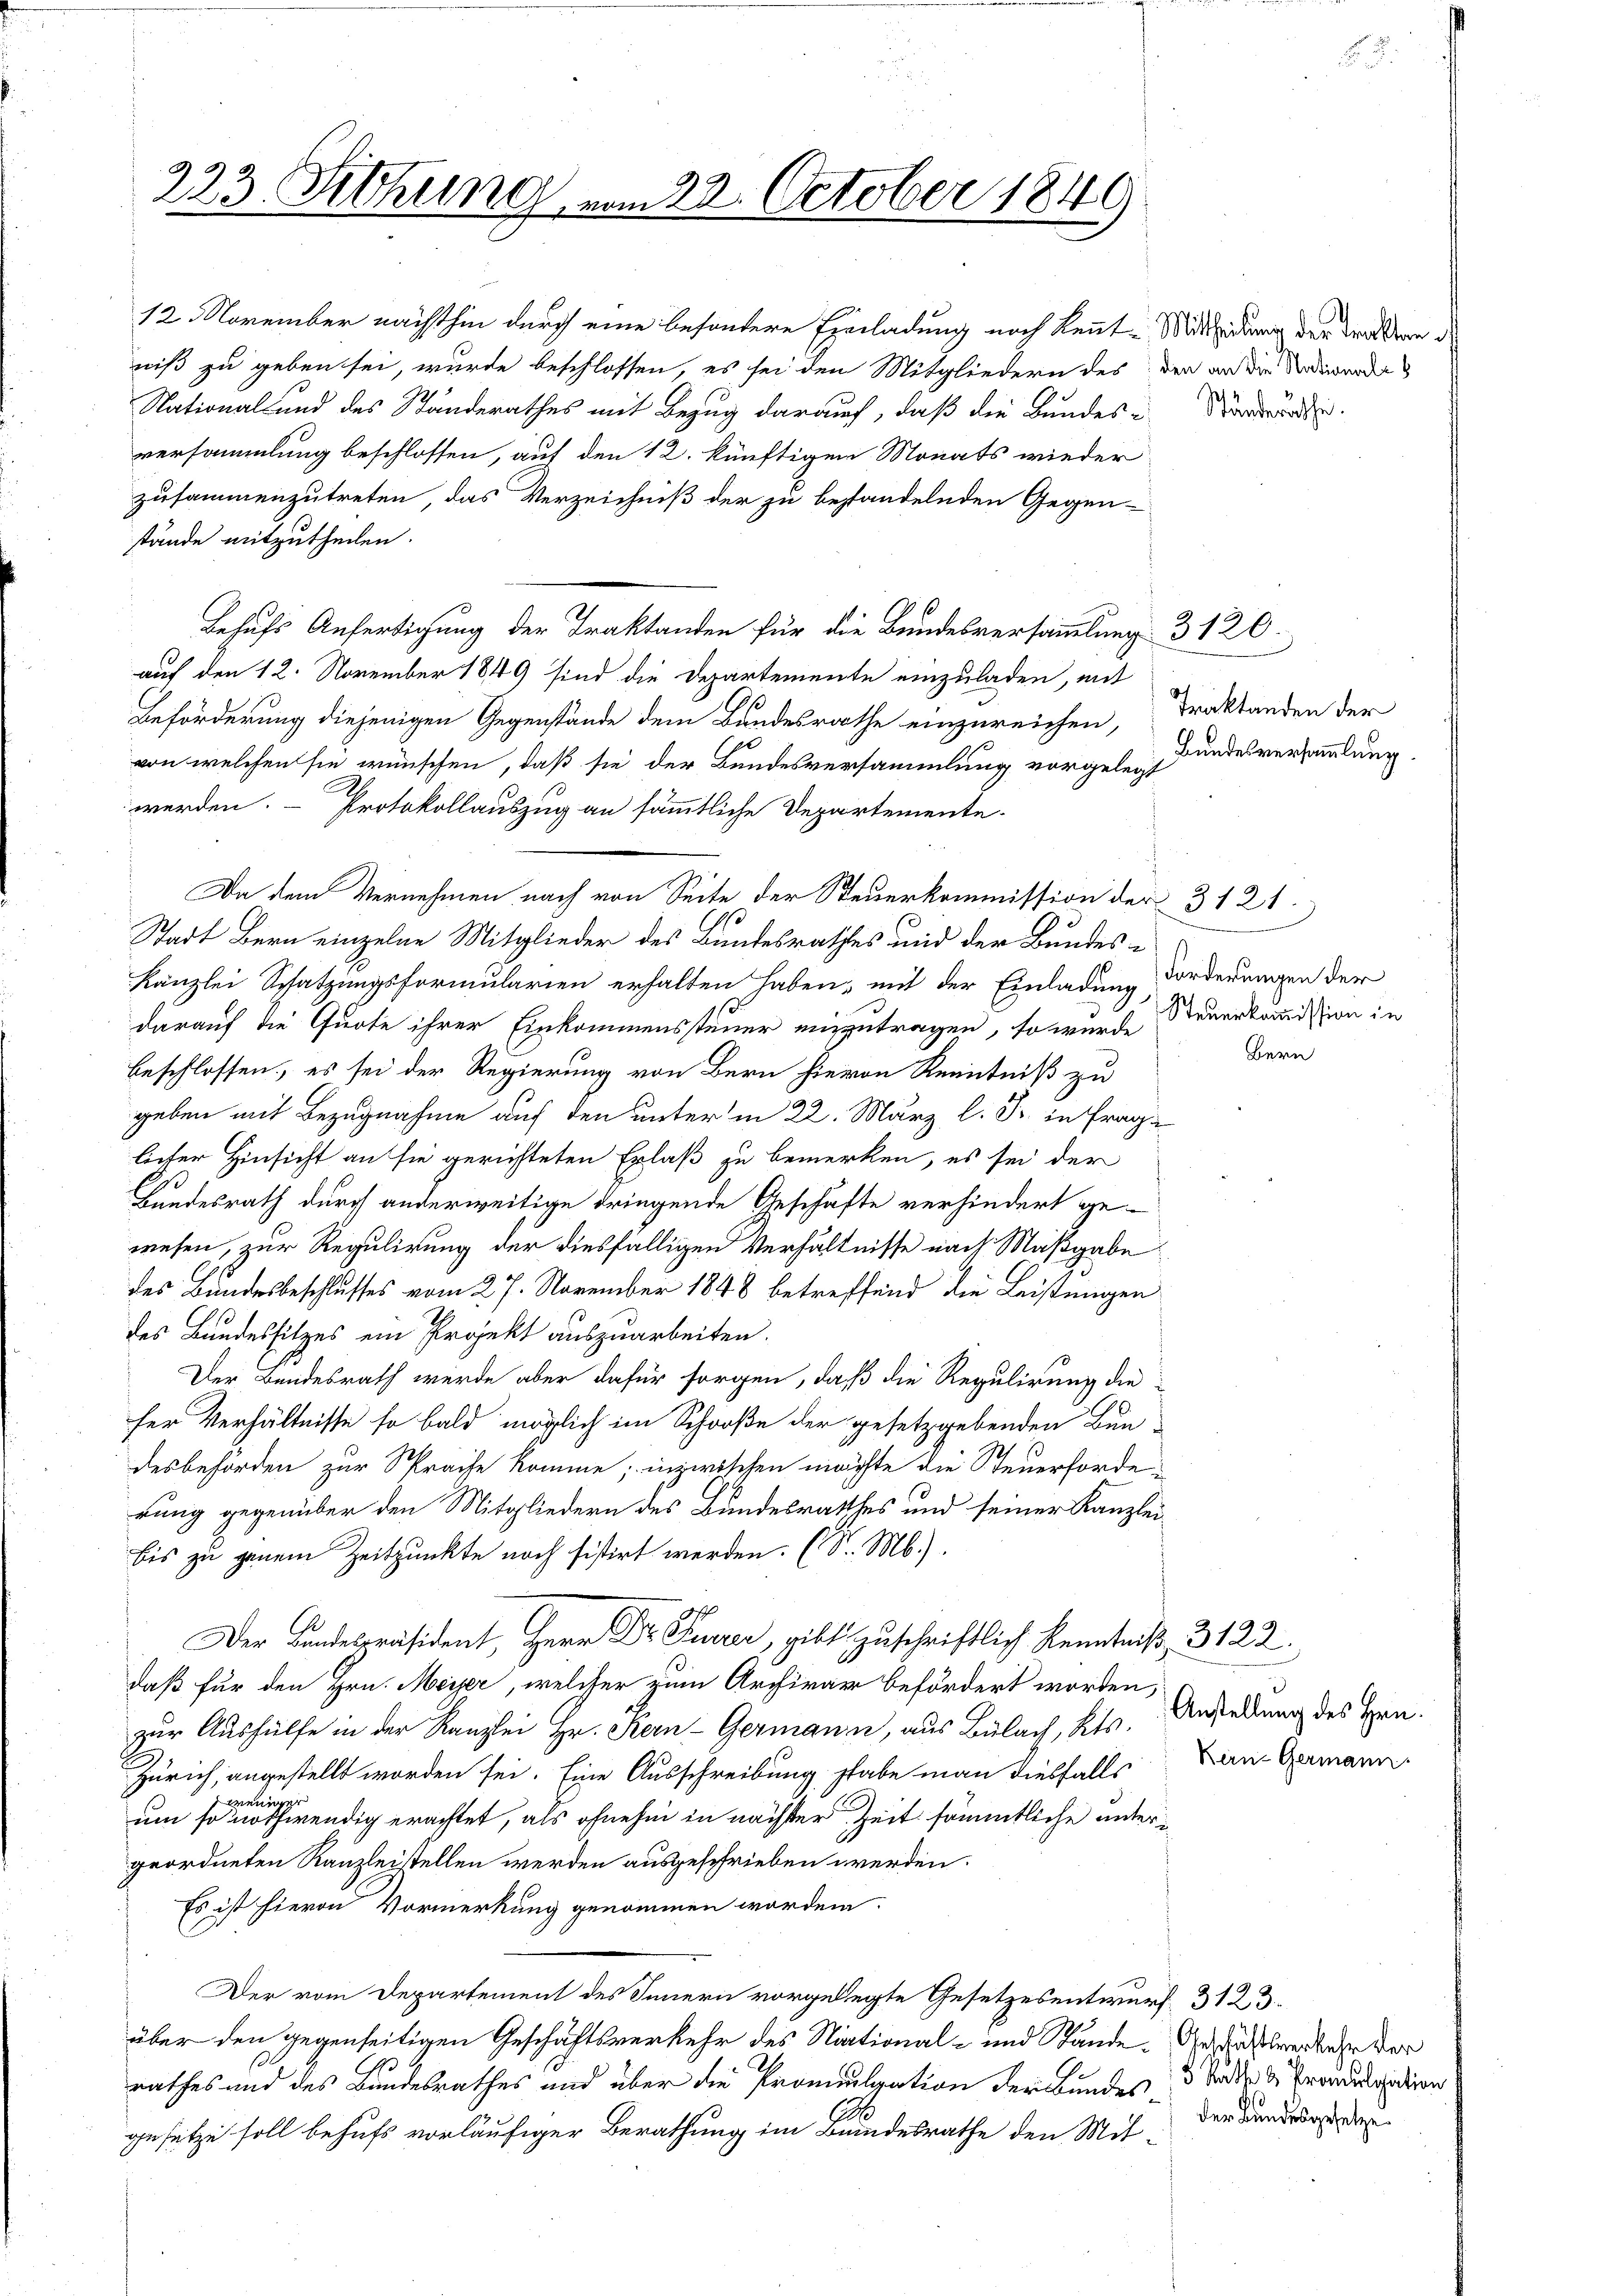
12. November nachthin durch eine besondere Einladung noch kennt. Mittheidung der drastern de
niß zu geben sei, wurde beschlossen, es sei den Mitgliedern des der an die Stadtwerde
National- und des Standerathes mit Bezug darauch, daß die Bundes-Vorderun
versammlung beschlossen, auf den 12. künftigen Monats wieder
zusammenzutreten, das Verzeichniß der zu bestandelnden Gegen-
stände mitzutheilen.
Behufs Anfertigung der Traktanden für die Bundesversammlung 3120.
auf den 12. November 1849 sind die Departemente einzuladen, mit
Beförderung diejenigen Gegenstände dem Bundesrathe einzureichen, Traktanden der
von welchen sie wünschen, daß sie der Bundesversammlung vorgelegendesversammlung.
werden. Protokollauszug an sämmtliche Departemente.
Da dem Vernehmen nach von Seite der Steuerkommission der 3 121.
Stadt Bern einzelne Mitglieder des Bundesrathes und der Bundes¬
Kanzlei Schatzungsformularien erhalten haben, mit der Einladung Forderungen der
darauf die Quote ihrer Einkommenssteuer einzutragen, so wurde Steuerkommission in
beschlossen, es sei der Regierung von Bern hievon Kenntniß zu
geben mit Bezugnahme auf den unter in 22. März l. J. in Frage
licher Hinsicht an sie gerichteten Erlaß zu bemerken, es sei der
s
Bundesrath durch anderweitige dringende Geschäfte verhindert ge-
wesen, zur Regulirung der diesfälligen Verhältnisse nach Maßgabe
des Bundesbeschlusses vom 27. November 1848 betreffend die Leistungen
des Bundessitzes ein Projekt auszuarbeiten.
Der Bundesrath werde aber dafür sorgen, daß die Regulirung die
ser Verhältnisse so bald möglich im Schooße der gesetzgebenden Bun-
desbehörden zur Sprache komme; inzwischen möchte die Steuerforde-
rung gegenüber den Mitgliedern des Bundesrathes und seiner Kanzlei-
bis zu jenem Zeitpunkte noch sistirt werden. (S. M.).
Der Landespräsident, Herr Dr. Furrer, gibt zuschriftlich Kenntniß, 3122.
daß für den Hrn. Meier, welcher zum Archivar befördert worden,
zur Aushülfe in der Kanzlei Hr. Kern-Germann, aus Bülach, Kts.
Zürich, angestellt worden sei. Eine Ausschreibung stabe man diesfalls
weniger
um so nothwendig erachtet, als ohnehin in nächster Zeit sämmtliche untergeordneten Kanzleistellen werden ausgeschrieben werden.
Es ist hievon Vormerkung genommen worden.
Der vom Departement des Innern vorgelegte Gesetzesentwurf 3123.
über den gegenseitigen Geschäftsverkehr des Niational- und Stände. Gut dass erkehr ver
rathes und das Bundesrathes und über die Promulgation der Bundes 3 Stadt u. Produlation
gesetze soll behufs vorläufiger Berathung im Bundesrathe den Mit-

223. Sitzung vom 28. October 1849

Bern

Anstellung des Hrn.
Kern Germann

der Bundesgesetze